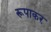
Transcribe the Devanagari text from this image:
रूपाकर